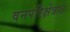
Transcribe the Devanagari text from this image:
वनपरिक्षेत्रात